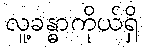
လူ့ခန္ဓာကိုယ်ရှိ